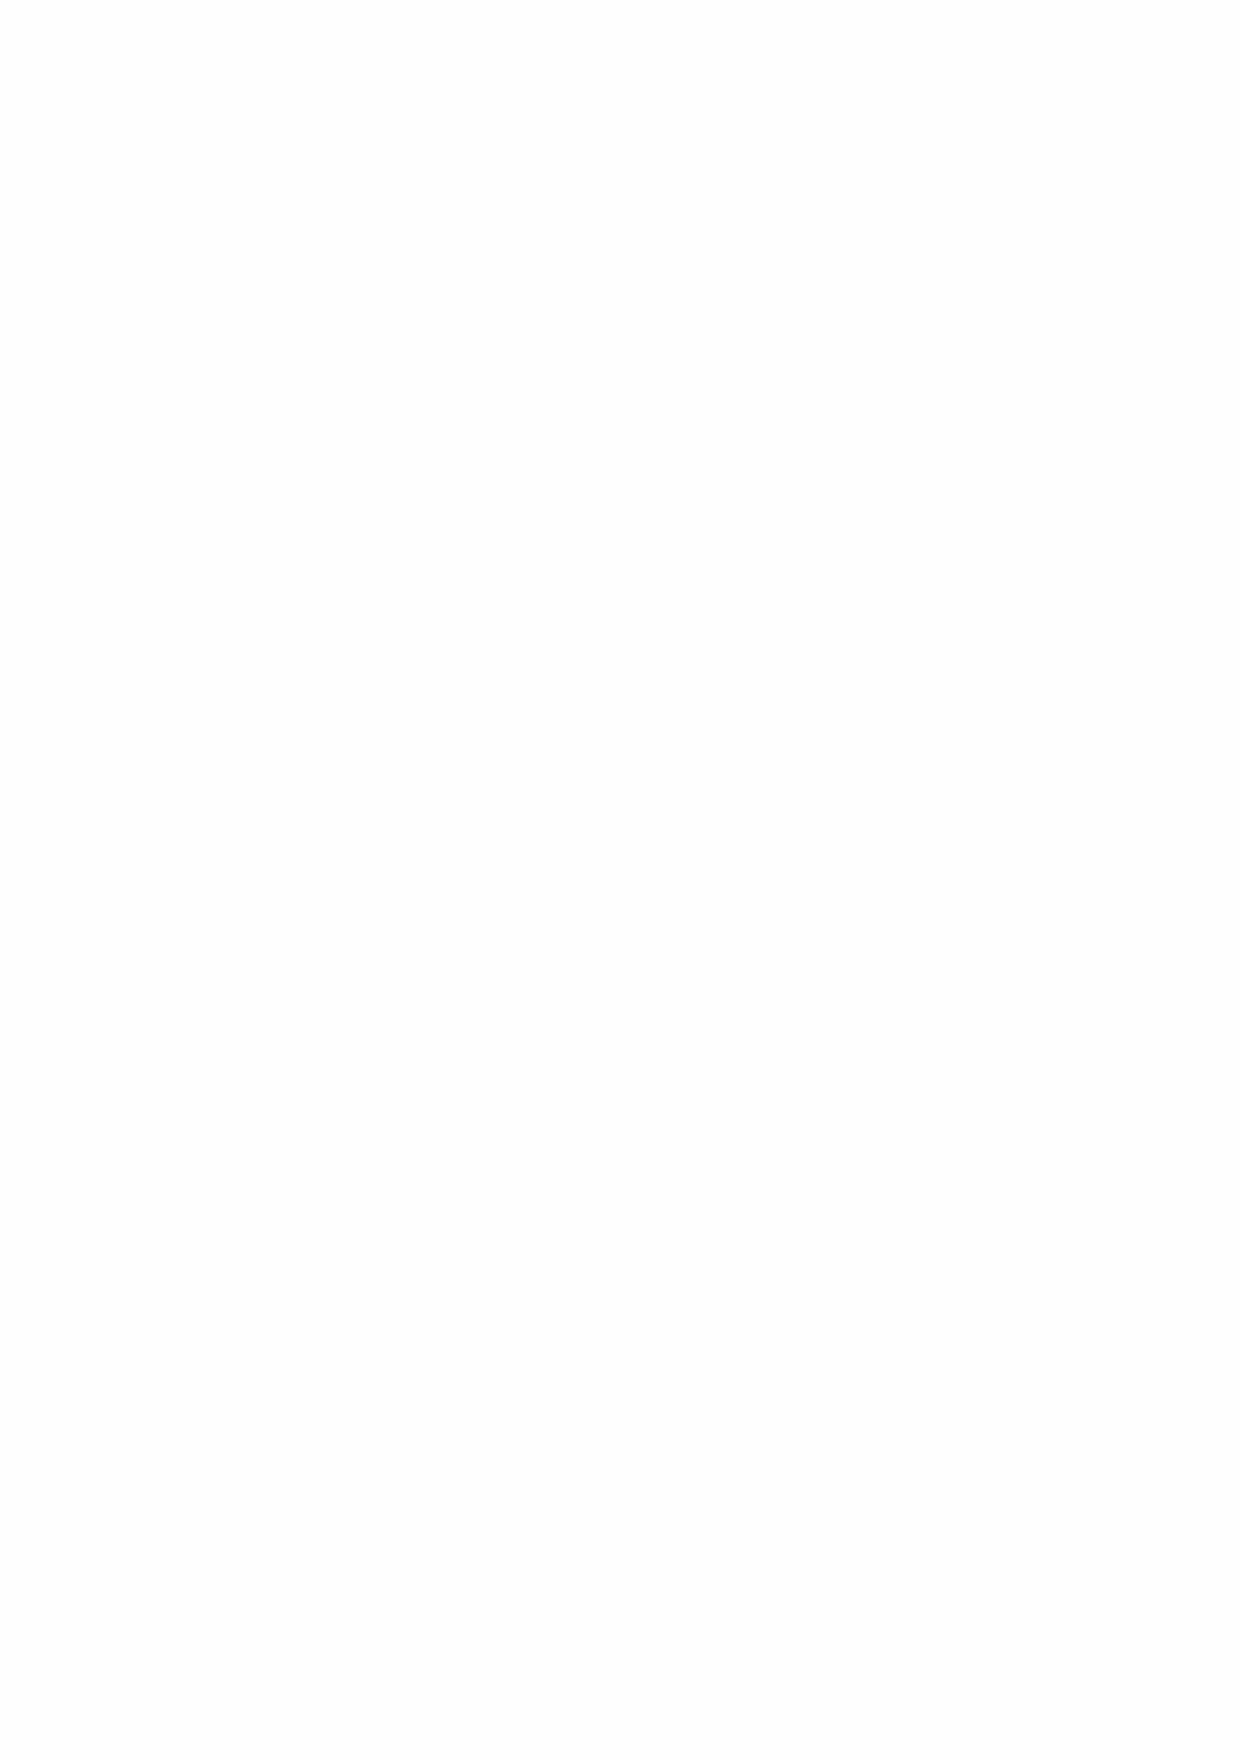
g) Leases
 Premiums paid to acquire an interest in property, including lease surrenders, are recorded as
 capital expenditure on completion. Premiums received upon the granting of a lease or variation of
 lease terms in favour of a tenant are recorded as capital receipts.
 Assets obtained under hire purchase contracts and finance leases are capitalised as tangible
 assets and depreciated over the shorter of the lease term and their useful lives. Obligations under
 such agreements are included in creditors net of the finance charge allocated to future years. The
 finance element of the rental payment is charged to the profit and loss account to produce a
 constant periodic rate of charge on the net obligation outstanding in each year.
 The benefit of rent free periods and reduced premiums which we receive as property lessees is
 recognised as reduced rental expense over the year from the lease start date to the end of the
 lease term. The benefit is allocated on a straight-line basis.
 h) Gains and losses
 In compliance with the Charities SORP, surpluses and deficits on realisation of Quoted Investment
 assets are calculated as the difference between the sale price and the latest market valuation at
 the end of each quarter or cost if purchased during the last month of the financial year.
 i) Cash and bank
 The Hospital maintains a bank account with the Government Banking Service and maintains
 several current and deposit accounts with commercial banks. Within cash, the Hospital includes
 cash equivalents. The Hospital defines cash equivalents as highly liquid investments having a
 maturity of three months or less which are at minimal risk of a change in value.
 j) Depreciation
 Depreciation is provided on tangible fixed assets as detailed in note 1 b). Depreciation is calculated
 on the straight-line basis to write off the value of each asset over its expected useful life or lease
 term, as follows:
 Buildings           Fifteen to fifty years
 Leasehold improvements Over the life of the lease remaining
 Motor Vehicles      Five to ten years
 Plant & Machinery   Five to twenty years
 Sailing Vessels     Five to twenty years
 Educational Equipment Five to ten years
 Computers           Five to ten years
 The useful economic lives of fixed assets are reassessed each year and the associated
 depreciation rates amended as necessary. No depreciation is provided on freehold land and
 buildings which are held as investment assets. Assets under construction are shown based on
 cash expended to date. Depreciation is not charged until the asset is in use. Where an asset is
 recognised to be impaired, its carrying value is reduced to reflect its impaired value. If it remains
 in use, it will then be depreciated on a revised basis.
 k) Pension schemes
 Greenwich Hospital operates an unfunded, defined benefit, contracted out pension scheme to
 provide retirement and related benefits to all eligible employees who joined the hospital up to June
 2011. The scheme is broadly analogous, although not part of, the Principal Civil Service Pension
 Scheme and Greenwich Hospital is responsible for paying pensions to retired employees other
 than RHS teachers. The scheme closed to further accrual for most members in June 2015. Those
 who were within 9 years of normal retirement date in June 2015 were given enhanced protection
 on closure and could be active members of the scheme for up to 4.5 more years.
 43